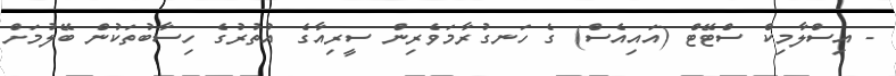
- އިސްލާމިކް ސްޓޭޓް (އައިއެސް) ގެ ހަނގުރާމަވެރިން ސީރިއާގެ އުތުރުގެ ހިސާބުތަކުން ބޭލުމަށް